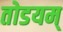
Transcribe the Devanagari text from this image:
तोडयम्